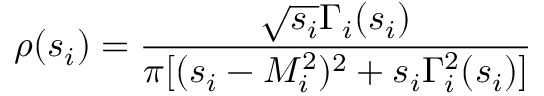
\rho ( s _ { i } ) = \frac { \sqrt { s _ { i } } \Gamma _ { i } ( s _ { i } ) } { \pi [ ( s _ { i } - M _ { i } ^ { 2 } ) ^ { 2 } + s _ { i } \Gamma _ { i } ^ { 2 } ( s _ { i } ) ] }